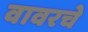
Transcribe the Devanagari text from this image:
वावरचे